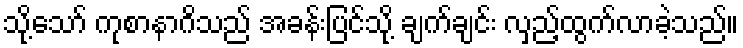
သို့သော် ကုစာနာဂိသည် အခန်းပြင်သို့ ချက်ချင်း လှည့်ထွက်လာခဲ့သည်။